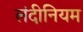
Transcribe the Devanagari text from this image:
लंदीनियम